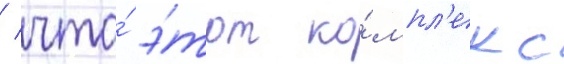
/ что́ э́тот ко́мпл'екс